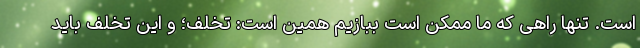
است. تنها راهی که ما ممکن است ببازیم همین است: تخلف؛ و این تخلف باید